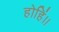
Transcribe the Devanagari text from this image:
होहिं।।